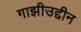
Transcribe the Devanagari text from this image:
गाझीउद्दीन